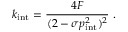
k _ { \mathrm { i n t } } = { \frac { 4 F } { ( 2 - \sigma p _ { \mathrm { i n t } } ^ { 2 } ) ^ { 2 } } } \ .